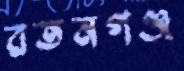
রতনগঞ্জ